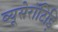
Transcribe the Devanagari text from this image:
ब्यूसेरॉटिड़ि